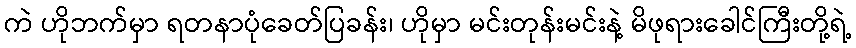
ကဲ ဟိုဘက်မှာ ရတနာပုံခေတ်ပြခန်း၊ ဟိုမှာ မင်းတုန်းမင်းနဲ့ မိဖုရားခေါင်ကြီးတို့ရဲ့